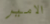
الامير